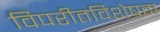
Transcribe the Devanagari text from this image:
विपरीतविशेषता